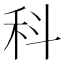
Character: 科